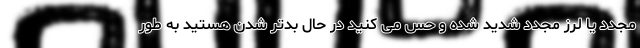
مجدد یا لرز مجدد شدید شده و حس می کنید در حال بدتر شدن هستید به طور